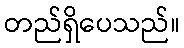
တည်ရှိပေသည်။